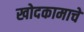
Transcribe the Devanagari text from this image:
खोदकामाचे